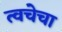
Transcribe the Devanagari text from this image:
त्‍वचेचा